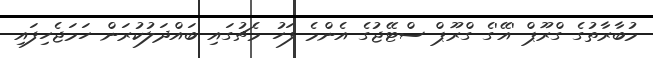
މުބާރާތުގެ ގްރޫޕް 'އޭ'ގެ ގްރޫޕް ސްޓޭޖުގެ އެންމެ ފަހު މެޗުގައި ބައްދަލުކުރަން ހަމަޖެހިފައި